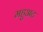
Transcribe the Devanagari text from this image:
महुअट